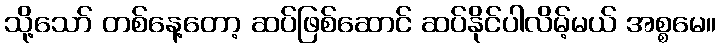
သို့သော် တစ်နေ့တော့ ဆပ်ဖြစ်ဆောင် ဆပ်နိုင်ပါလိမ့်မယ် အစ္စမေ။